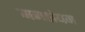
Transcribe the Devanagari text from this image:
मनसंयम